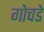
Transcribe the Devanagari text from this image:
गोचडे